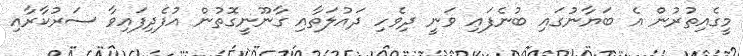
މީގެއިތުރުން އެ ބަޔާނުގައި ބުނެފައި ވަނީ ދިވެހި ދައުލަތާއި ގާނޫނީގޮތުން އުފެދިފައިވާ ސަރުކާރާއި